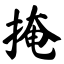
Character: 掩